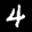
Label: 4